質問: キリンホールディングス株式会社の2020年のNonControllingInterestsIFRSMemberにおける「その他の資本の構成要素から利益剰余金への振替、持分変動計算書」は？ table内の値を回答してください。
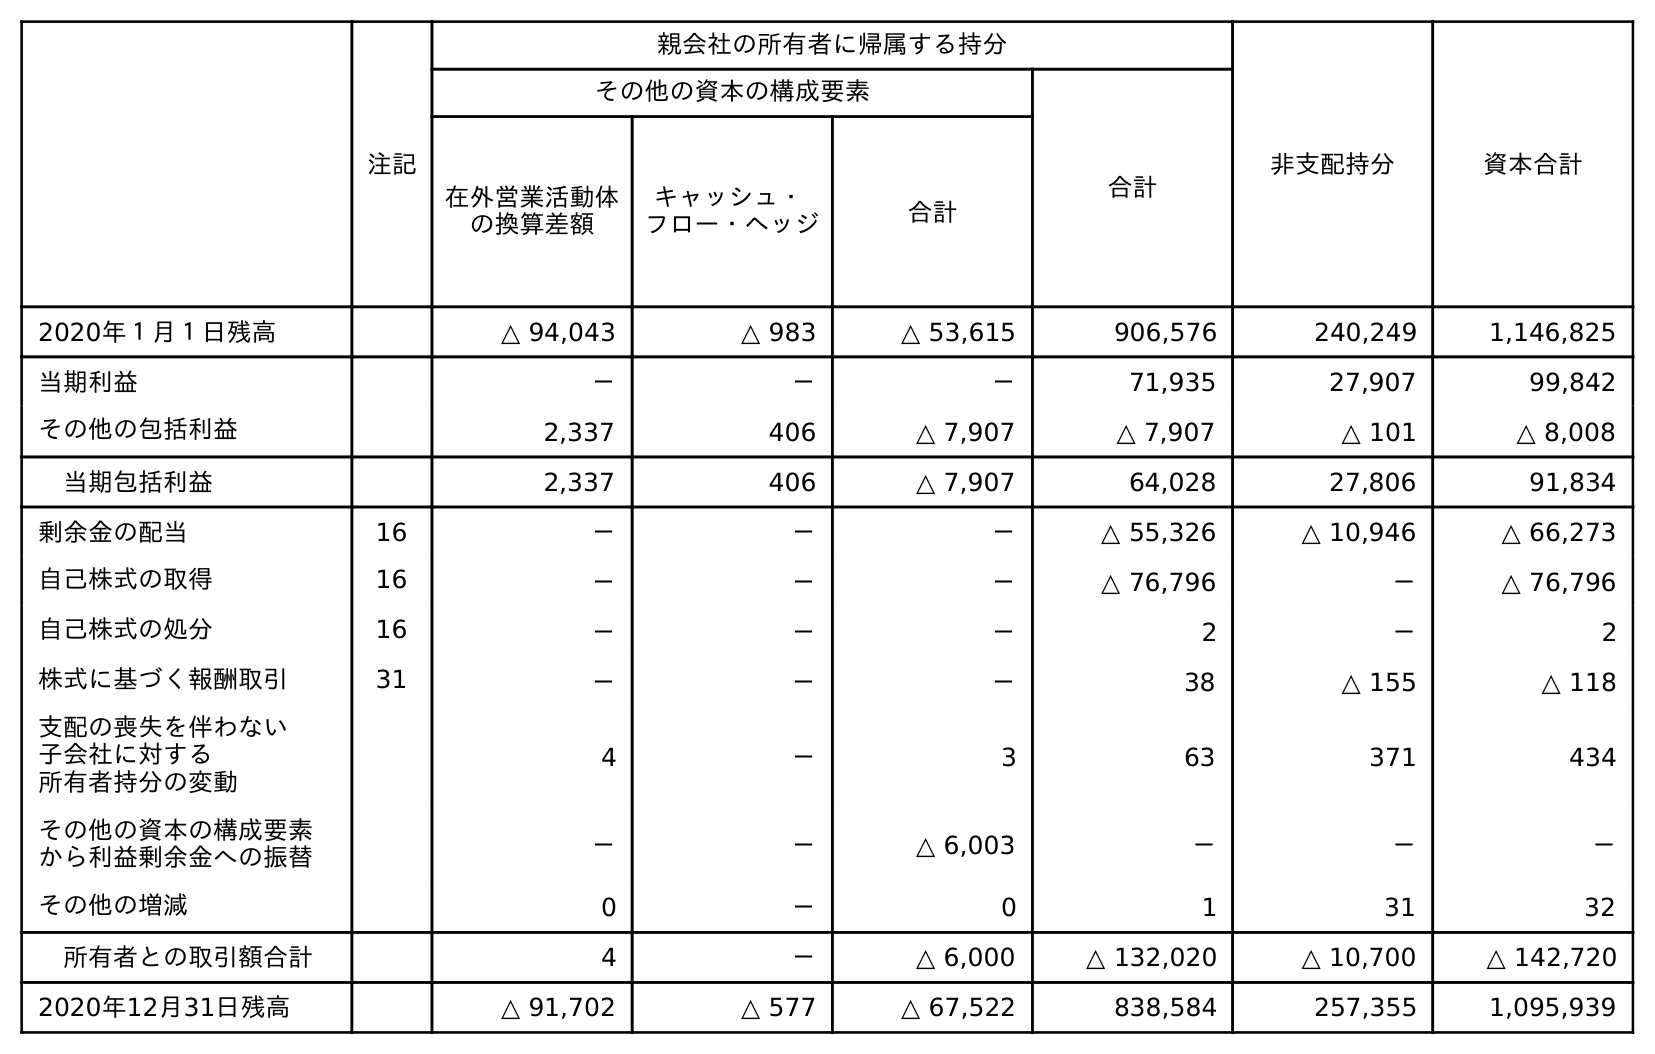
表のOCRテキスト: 注記 親会社の所有者に帰属する持分 非支配持分 資本合計 その他の資本の構成要素 合計 在外営業活動体 の換算差額 キャッシュ・ フロー・ヘッジ 合計 2020年１月１日残高 △ 94,043 △ 983 △ 53,615 906,576 240,249 1,146,825 当期利益 － － － 71,935 27,907 99,842 その他の包括利益 2,337 406 △ 7,907 △ 7,907 △ 101 △ 8,008 当期包括利益 2,337 406 △ 7,907 64,028 27,806 91,834 剰余金の配当 16 － － － △ 55,326 △ 10,946 △ 66,273 自己株式の取得 16 － － － △ 76,796 － △ 76,796 自己株式の処分 16 － － － 2 － 2 株式に基づく報酬取引 31 － － － 38 △ 155 △ 118 支配の喪失を伴わない 子会社に対する 所有者持分の変動 4 － 3 63 371 434 その他の資本の構成要素 から利益剰余金への振替 － － △ 6,003 － － － その他の増減 0 － 0 1 31 32 所有者との取引額合計 4 － △ 6,000 △ 132,020 △ 10,700 △ 142,720 2020年12月31日残高 △ 91,702 △ 577 △ 67,522 838,584 257,355 1,095,939
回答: －